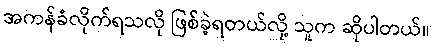
အကန်ခံလိုက်ရသလို ဖြစ်ခဲ့ရတယ်လို့ သူက ဆိုပါတယ်။